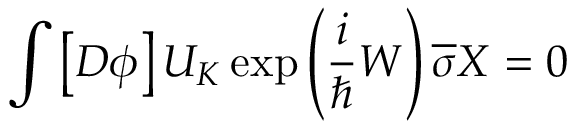
\int \left[ D \phi \right] U _ { K } \exp \left( \frac i \hbar W \right) \overline { { { \sigma } } } X = 0